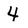
Character: 4